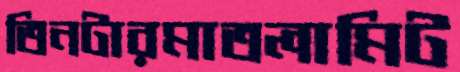
তিনটারমাতলামিট